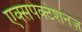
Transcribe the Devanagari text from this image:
एक्सपेक्टेशनज़